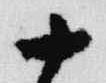
十